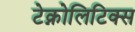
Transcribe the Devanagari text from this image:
टेक्नोलिटिक्स